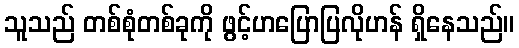
သူသည် တစ်စုံတစ်ခုကို ဖွင့်ဟပြောပြလိုဟန် ရှိနေသည်။